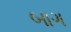
બાગ